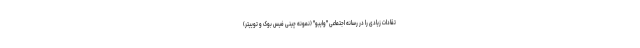
تقادات زیادی را در رسانه اجتماعی "وایبو" (نمونه چینی فیس بوک و توییتر)